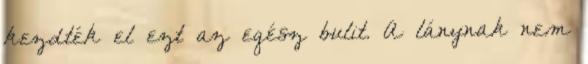
kezdték el ezt az egész bulit. A lánynak nem